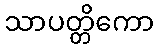
သာပတ္တိကော